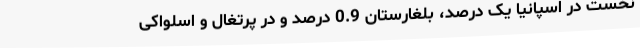
نخست در اسپانیا یک درصد، بلغارستان 0.9 درصد و در پرتغال و اسلواکی